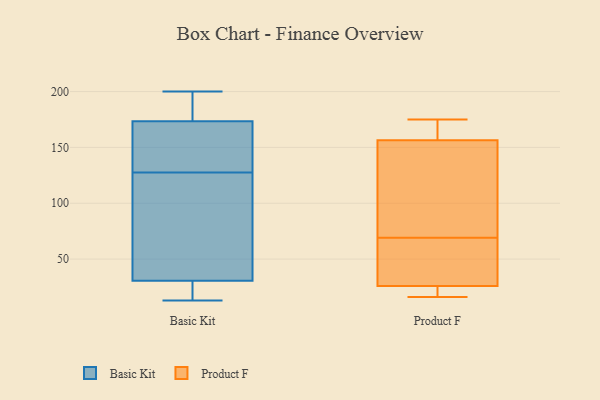
{"axis": {"x": "Energy Usage (MWh)", "y": "Value"}, "legend": ["Basic Kit", "Product F"], "data": [{"x": "", "y": 22, "type": "Basic Kit"}, {"x": "", "y": 28, "type": "Basic Kit"}, {"x": "", "y": 198, "type": "Basic Kit"}, {"x": "", "y": 181, "type": "Basic Kit"}, {"x": "", "y": 13, "type": "Basic Kit"}, {"x": "", "y": 125, "type": "Basic Kit"}, {"x": "", "y": 172, "type": "Basic Kit"}, {"x": "", "y": 51, "type": "Basic Kit"}, {"x": "", "y": 130, "type": "Basic Kit"}, {"x": "", "y": 173, "type": "Basic Kit"}, {"x": "", "y": 38, "type": "Basic Kit"}, {"x": "", "y": 200, "type": "Basic Kit"}, {"x": "", "y": 49, "type": "Basic Kit"}, {"x": "", "y": 33, "type": "Basic Kit"}, {"x": "", "y": 22, "type": "Basic Kit"}, {"x": "", "y": 138, "type": "Basic Kit"}, {"x": "", "y": 150, "type": "Basic Kit"}, {"x": "", "y": 174, "type": "Basic Kit"}, {"x": "", "y": 195, "type": "Basic Kit"}, {"x": "", "y": 23, "type": "Basic Kit"}, {"x": "", "y": 69, "type": "Product F"}, {"x": "", "y": 25, "type": "Product F"}, {"x": "", "y": 170, "type": "Product F"}, {"x": "", "y": 16, "type": "Product F"}, {"x": "", "y": 46, "type": "Product F"}, {"x": "", "y": 165, "type": "Product F"}, {"x": "", "y": 131, "type": "Product F"}, {"x": "", "y": 85, "type": "Product F"}, {"x": "", "y": 21, "type": "Product F"}, {"x": "", "y": 175, "type": "Product F"}, {"x": "", "y": 29, "type": "Product F"}]}